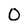
Character: O